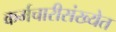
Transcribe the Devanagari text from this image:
कर्मचारीसंख्येत